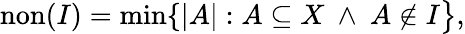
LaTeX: \operatorname{non}(I)=\operatorname*{min}\{ |A|:A\subseteq X\ \wedge\ A\notin I{\big\} },